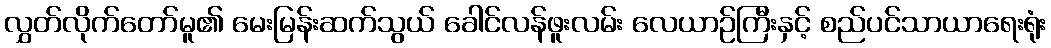
လွှတ်လိုက်တော်မူ၏ မေးမြန်းဆက်သွယ် ခေါင်လန်ဖူးလမ်း လေယာဉ်ကြီးနှင့် စည်ပင်သာယာရေးရုံး